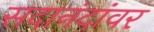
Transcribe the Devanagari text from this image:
सदानंदांवर